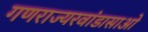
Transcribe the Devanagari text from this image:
गणराज्यरवांडासाओ